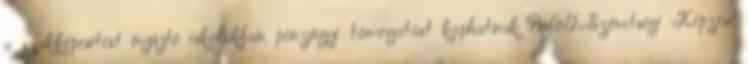
a szakképesítést nyújtó iskolákban pénzügyi támogatást kaphatnak BaföG=Szövetségi Képzési